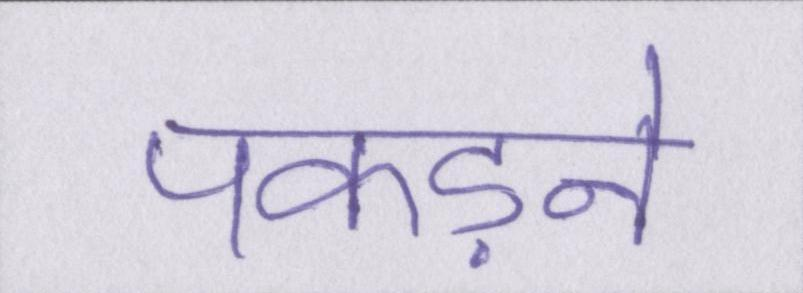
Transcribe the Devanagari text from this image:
पकड़ने